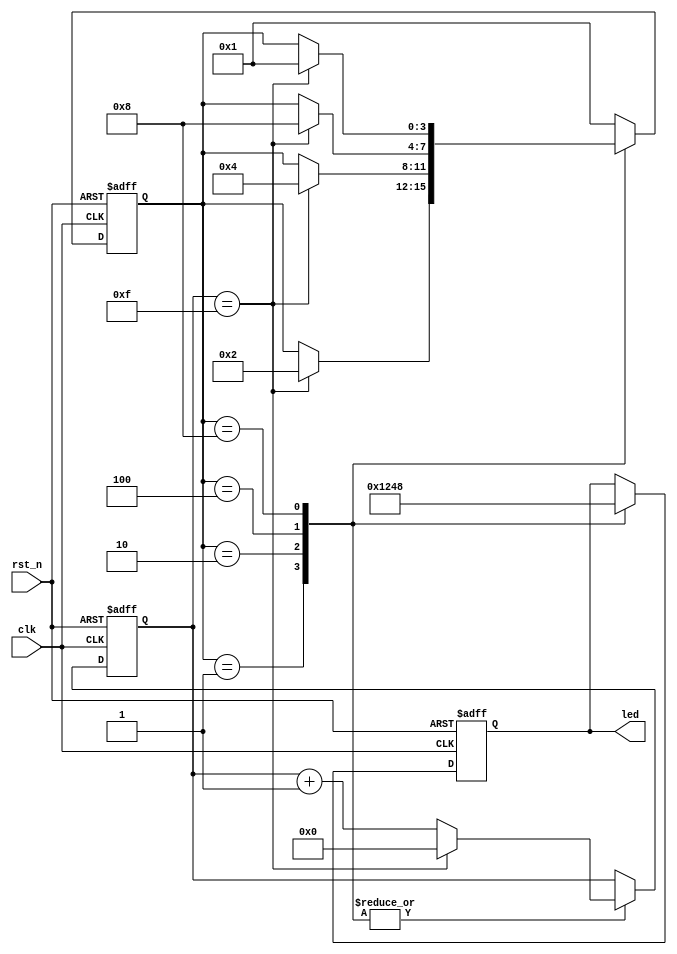
module led_test(
     input clk,
	  input rst_n,
     output reg [3:0] led
     );
   reg [3:0] counters;
   reg [3:0] state;
	
	   parameter//localparam
		CHECK_led0	= 4'b0001,
		CHECK_led1 	= 4'b0010,
		CHECK_led2	= 4'b0100,
		CHECK_led3	= 4'b1000;
	
	
 always@(posedge clk or negedge rst_n)
 begin
     if(!rst_n)  begin
     counters<=4'd0;
     led<=4'b0000;
     state<=CHECK_led0;
     end

     else  begin
       case(state)
           CHECK_led0:begin                        //
                led<=4'b0001;
                if(counters==4'd15)begin        //20ns  
					     state<=CHECK_led1;
                    counters<=0;
                end    
                else 
                counters<=counters+1;
                
           end
           CHECK_led1:begin                       //
                led<=4'b0010;
                 if(counters==4'd15)begin          
					     state<=CHECK_led2;
                    counters<=0;
                end    
                else 
                counters<=counters+1;
           end
           CHECK_led2:begin                    //
                led<=4'b0100;
                 if(counters==4'd15)begin          
					     state<=CHECK_led3;
                    counters<=0;
                end    
                else 
                counters<=counters+1;
           end
           CHECK_led3:begin                    //
                led<=4'b1000;
                 if(counters==4'd15)begin          
					     state<=CHECK_led0;
                    counters<=0;
                end    
                else 
                counters<=counters+1;
           end
           default: state<=CHECK_led0;
       endcase
	  end
 end
endmodule